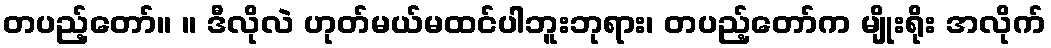
တပည့်တော်။ ။ ဒီလိုလဲ ဟုတ်မယ်မထင်ပါဘူးဘုရား၊ တပည့်တော်က မျိုးရိုး အလိုက်